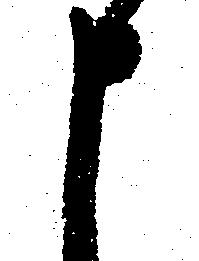
申